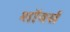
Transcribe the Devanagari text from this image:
शॉवर्स